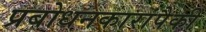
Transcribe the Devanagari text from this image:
प्रबोधनकारांपैकी